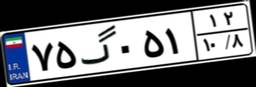
۲۴گ۲۶۹۸۴